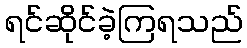
ရင်ဆိုင်ခဲ့ကြရသည်